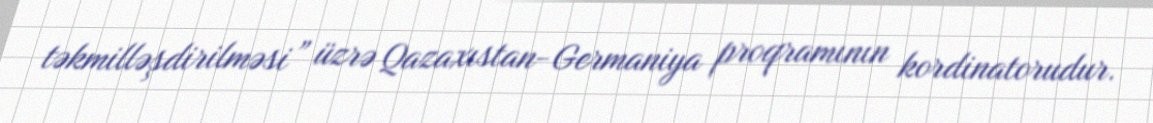
təkmilləşdirilməsi” üzrə Qazaxıstan-Germaniya proqramının kordinatorudur.